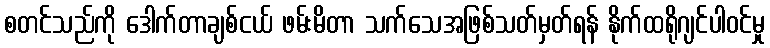
စတင်သည်ကို ဒေါက်တာချစ်ငယ် ဖမ်းမိတာ သက်သေအဖြစ်သတ်မှတ်ရန် နိုက်ထရိုဂျင်ပါဝင်မှု